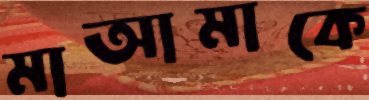
মাআমাকে